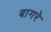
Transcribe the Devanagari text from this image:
बागरे